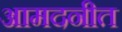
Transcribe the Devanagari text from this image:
आमदनीत